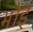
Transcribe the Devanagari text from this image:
भोइ